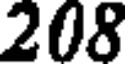
208